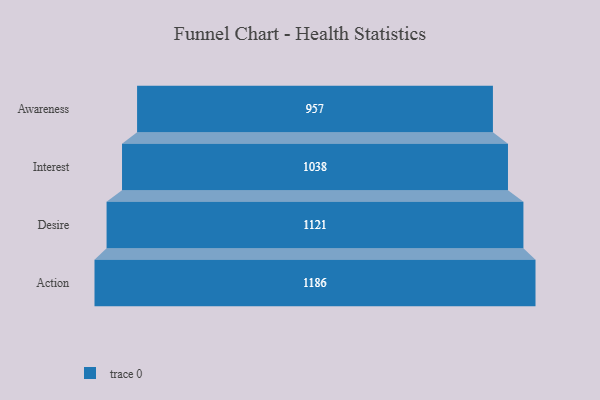
{"axis": {"x": "Stage", "y": "Value"}, "legend": [""], "data": [{"x": "Awareness", "y": 957.0, "type": ""}, {"x": "Interest", "y": 1038.0, "type": ""}, {"x": "Desire", "y": 1121.0, "type": ""}, {"x": "Action", "y": 1186.0, "type": ""}]}